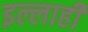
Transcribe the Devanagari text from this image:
इल्लाही